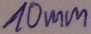
Text: 10mm